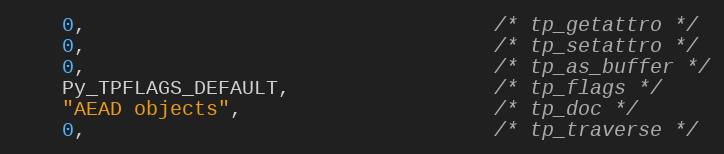
Language: C
    0,                                  /* tp_getattro */
    0,                                  /* tp_setattro */
    0,                                  /* tp_as_buffer */
    Py_TPFLAGS_DEFAULT,                 /* tp_flags */
    "AEAD objects",                     /* tp_doc */
    0,                                  /* tp_traverse */